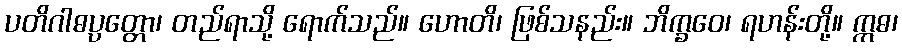
ပတိဂါဓပ္ပတ္တော၊ တည်ရာသို့ ရောက်သည်။ ဟောတိ၊ ဖြစ်သနည်း။ ဘိက္ခဝေ၊ ရဟန်းတို့။ ဣဓ၊